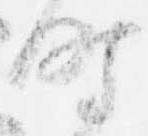
時